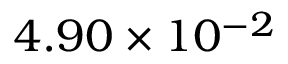
4 . 9 0 \times 1 0 ^ { - 2 }